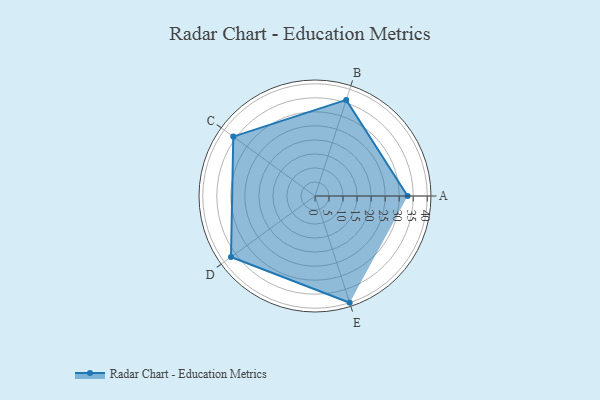
{"axis": {"x": "Skill", "y": "Score"}, "legend": ["Profile"], "data": [{"x": "A", "y": 33.0, "type": "Profile"}, {"x": "B", "y": 36.0, "type": "Profile"}, {"x": "C", "y": 36.0, "type": "Profile"}, {"x": "D", "y": 37.0, "type": "Profile"}, {"x": "E", "y": 40.0, "type": "Profile"}]}